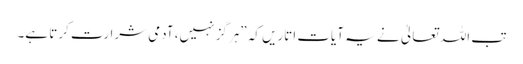
تب اللہ تعالیٰ نے یہ آیات اتاریں کہ ”ہرگز نہیں، آدمی شرارت کرتا ہے۔